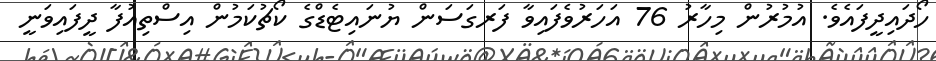
ހޯދައިދީފައެވެ. އުމުރުން މިހާރު 76 އަހަރުވެފައިވާ ފަރގަސަން ޔުނައިޓެޑްގެ ކޯޗުކަމުން އިސްތިއުފާ ދީފައިވަނީ